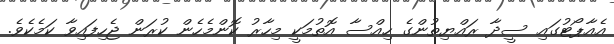
އެއާޕޯޓުގައި ސީދާ ރައްޔިތުންގެ ހިއްސާ އޮތުމަކީ މިހާރު ކޮންމެހެން ކުރަން ޖެހިފައިވާ ކަމެކެވެ.